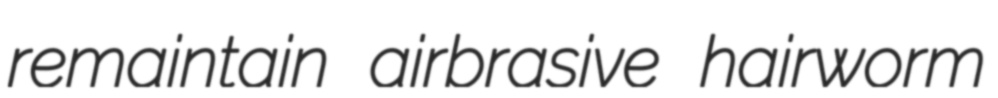
remaintain airbrasive hairworm